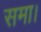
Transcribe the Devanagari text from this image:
समा।